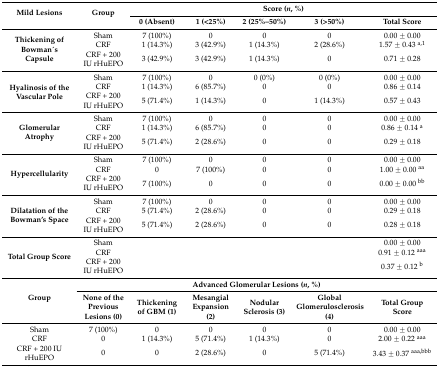
<table><thead><tr><td rowspan="2"><b>Mild Lesions</b></td><td rowspan="2"><b>Group</b></td><td colspan="5"><b>Score (<i>n</i>, %)</b></td></tr><tr><td><b>0 (Absent)</b></td><td><b>1 (&lt;25%)</b></td><td><b>2 (25%–50%)</b></td><td><b>3 (&gt;50%)</b></td><td><b>Total Score</b></td></tr></thead><tbody><tr><td rowspan="3"><b>Thickening of Bowman ́s Capsule</b></td><td>Sham</td><td>7 (100%)</td><td>0</td><td>0</td><td>0</td><td>0.00 ± 0.00</td></tr><tr><td>CRF</td><td>1 (14.3%)</td><td>3 (42.9%)</td><td>1 (14.3%)</td><td>2 (28.6%)</td><td>1.57 ± 0.43 <sup>a,1</sup></td></tr><tr><td>CRF + 200 IU rHuEPO</td><td>3 (42.9%)</td><td>3 (42.9%)</td><td>1 (14.3%)</td><td>0</td><td>0.71 ± 0.28</td></tr><tr><td rowspan="3"><b>Hyalinosis of the Vascular Pole</b></td><td>Sham</td><td>7 (100%)</td><td>0</td><td>0 (0%)</td><td>0 (0%)</td><td>0.00 ± 0.00</td></tr><tr><td>CRF</td><td>1 (14.3%)</td><td>6 (85.7%)</td><td>0</td><td>0</td><td>0.86 ± 0.14</td></tr><tr><td>CRF + 200 IU rHuEPO</td><td>5 (71.4%)</td><td>1 (14.3%)</td><td>0</td><td>1 (14.3%)</td><td>0.57 ± 0.43</td></tr><tr><td rowspan="3"><b>Glomerular Atrophy</b></td><td>Sham</td><td>7 (100%)</td><td>0</td><td>0</td><td>0</td><td>0.00 ± 0.00</td></tr><tr><td>CRF</td><td>1 (14.3%)</td><td>6 (85.7%)</td><td>0</td><td>0</td><td>0.86 ± 0.14 <sup>a</sup></td></tr><tr><td>CRF + 200 IU rHuEPO</td><td>5 (71.4%)</td><td>2 (28.6%)</td><td>0</td><td>0</td><td>0.29 ± 0.18</td></tr><tr><td rowspan="3"><b>Hypercellularity</b></td><td>Sham</td><td>7 (100%)</td><td>0</td><td>0</td><td>0</td><td>0.00 ± 0.00</td></tr><tr><td>CRF</td><td>0</td><td>7 (100%)</td><td>0</td><td>0</td><td>1.00 ± 0.00 <sup>aa</sup></td></tr><tr><td>CRF + 200 IU rHuEPO</td><td>7 (100%)</td><td>0</td><td>0</td><td>0</td><td>0.00 ± 0.00 <sup>bb</sup></td></tr><tr><td rowspan="3"><b>Dilatation of the Bowman’s Space</b></td><td>Sham</td><td>7 (100%)</td><td>0</td><td>0</td><td>0</td><td>0.00 ± 0.00</td></tr><tr><td>CRF</td><td>5 (71.4%)</td><td>2 (28.6%)</td><td>0</td><td>0</td><td>0.29 ± 0.18</td></tr><tr><td>CRF + 200 IU rHuEPO</td><td>5 (71.4%)</td><td>2 (28.6%)</td><td>0</td><td>0</td><td>0.28 ± 0.18</td></tr><tr><td rowspan="3"><b>Total Group Score</b></td><td>Sham</td><td colspan="4"></td><td>0.00 ± 0.00</td></tr><tr><td>CRF</td><td colspan="4"></td><td>0.91 ± 0.12 <sup>aaa</sup></td></tr><tr><td>CRF + 200 IU rHuEPO</td><td colspan="4"></td><td>0.37 ± 0.12 <sup>b</sup></td></tr><tr><td rowspan="2"><b>Group</b></td><td colspan="6"><b>Advanced Glomerular Lesions (<i>n</i>, %)</b></td></tr><tr><td><b>None of the Previous Lesions (0)</b></td><td><b>Thickening of GBM (1)</b></td><td><b>Mesangial Expansion (2)</b></td><td><b>Nodular Sclerosis (3)</b></td><td><b>Global Glomerulosclerosis (4)</b></td><td><b>Total Group Score</b></td></tr><tr><td>Sham</td><td>7 (100%)</td><td>0</td><td>0</td><td>0</td><td>0</td><td>0.00 ± 0.00</td></tr><tr><td>CRF</td><td>0</td><td>1 (14.3%)</td><td>5 (71.4%)</td><td>1 (14.3%)</td><td>0</td><td>2.00 ± 0.22 <sup>aaa</sup></td></tr><tr><td>CRF + 200 IU rHuEPO</td><td>0</td><td>0</td><td>2 (28.6%)</td><td>0</td><td>5 (71.4%)</td><td>3.43 ± 0.37 <sup>aaa,bbb</sup></td></tr></tbody></table>